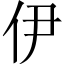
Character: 伊